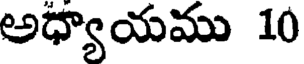
అధ్యాయము 10